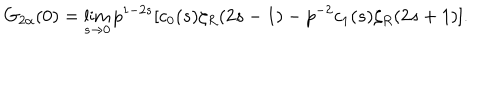
G _ { 2 \alpha } ( 0 ) = \lim _ { s \to 0 } p ^ { 1 - 2 s } [ c _ { 0 } ( s ) \zeta _ { R } ( 2 s - 1 ) - p ^ { - 2 } c _ { 1 } ( s ) \zeta _ { R } ( 2 s + 1 ) ] { . }